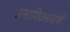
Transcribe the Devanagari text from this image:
प्रमाणिकरणाचे